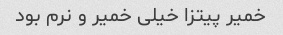
خمیر پیتزا خیلی خمیر و نرم بود